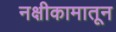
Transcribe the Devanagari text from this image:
नक्षीकामातून